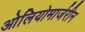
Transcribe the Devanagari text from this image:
ओलियोमार्जरीन